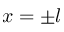
x = \pm l